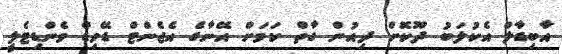
އާބިޑާލް އެކުލަބު ދޫކޮށް ދިއުން ގާތް ކަމަށް އޭނާގެ އެޖެންޓް ޑޭވިޑް ވެންޑިޓެލީ